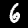
Label: 6